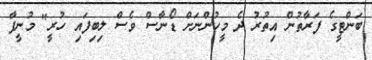
ބަންޓީގެ ފަރާތުން އިތުރު ދެ މީހުންނަށް ޑޯނާސް ވެސް ލިބިފައި ހުރީ" މުނީފާ